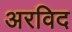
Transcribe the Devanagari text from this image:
अरविद